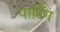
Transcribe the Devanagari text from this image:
पार्टिंग